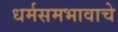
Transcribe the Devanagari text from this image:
धर्मसमभावाचे